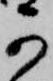
可